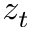
z _ { t }